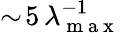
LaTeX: \sim\! 5\, \lambda_{\mathrm{~m~a~x~}}^{-1}